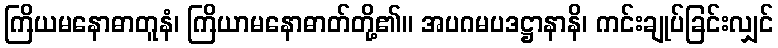
ကြိယမနောဓာတူနံ၊ ကြိယာမနောဓာတ်တို့၏။ အပဂမပဒဋ္ဌာနာနိ၊ ကင်းချုပ်ခြင်းလျှင်